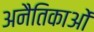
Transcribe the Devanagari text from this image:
अनैतिकाओं